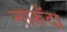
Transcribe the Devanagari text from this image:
नारुँदा